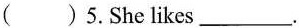
( )5.She likes___.